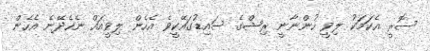
ސޮރީ އެކަމަކު ލިވީ ހުންނާނީ ރިޝްގެ ސައިޑުގައޭކީވެ އެހެން ލިވީއައް ނެހެދޭނެ އެހެން